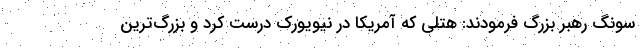
سونگ رهبر بزرگ فرمودند: هتلی که آمریکا در نیویورک درست کرد و بزرگ‌ترین